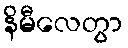
နိမီလေတွာ